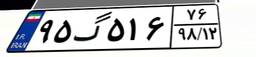
۸۸گ۹۴۸۸۳